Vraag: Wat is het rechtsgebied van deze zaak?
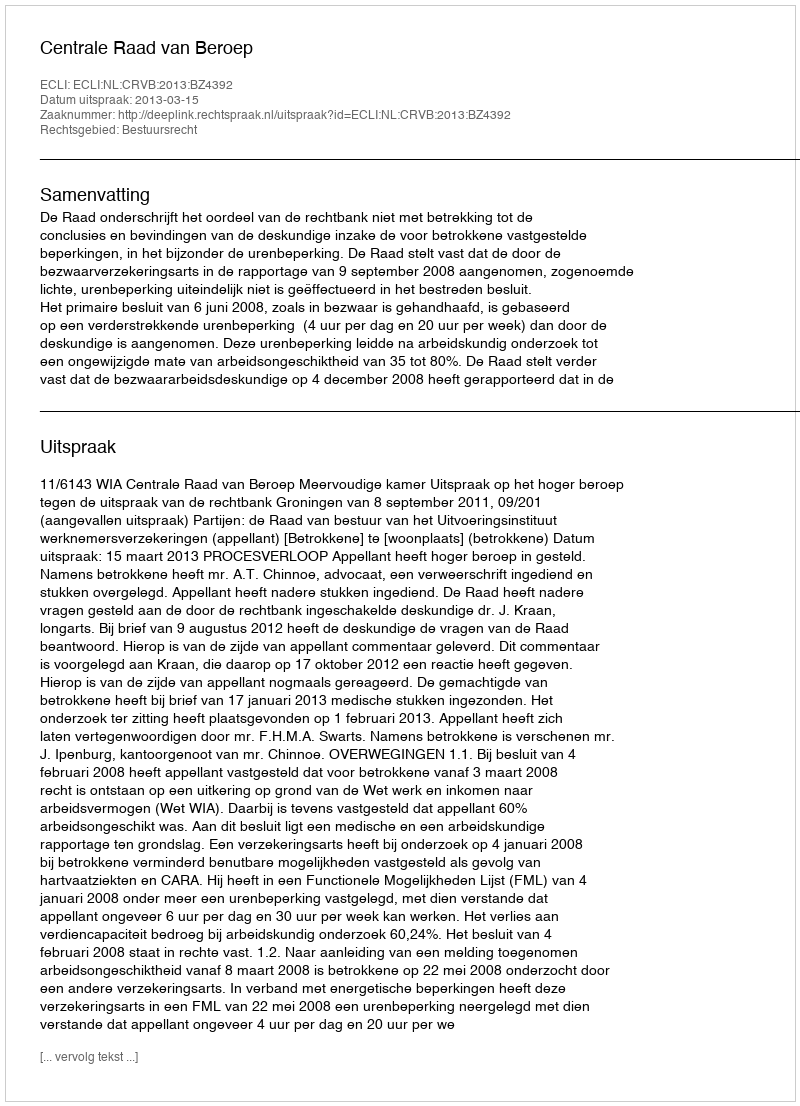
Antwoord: Bestuursrecht